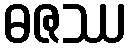
ဓဇဿ